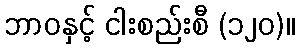
ဘာဝနှင့် ငါးစည်းစီ (၁၂၀)။